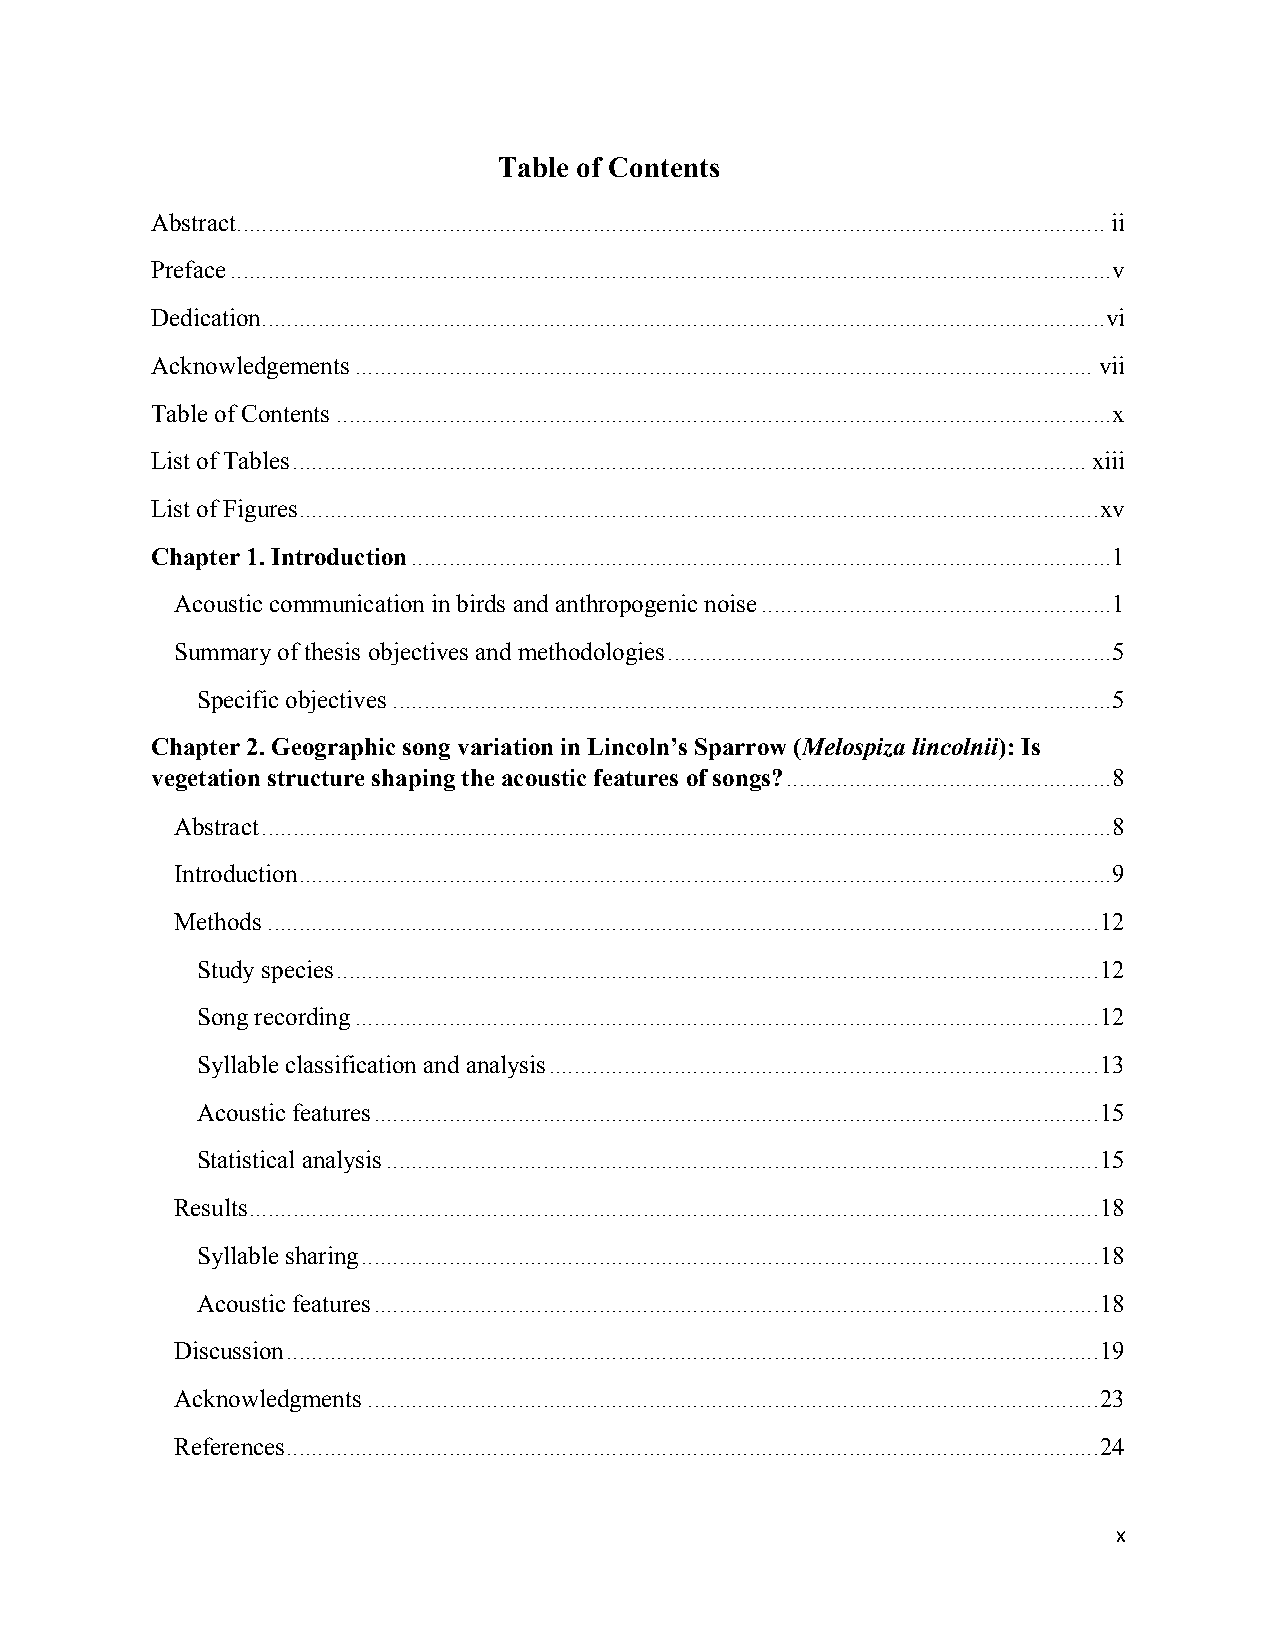
Table of Contents
 Abstract ........................................................................................................................................... ii
 Preface ............................................................................................................................................. v
 Dedication ....................................................................................................................................... vi
 Acknowledgements ...................................................................................................................... vii
 Table of Contents ............................................................................................................................ x
 List of Tables ............................................................................................................................... xiii
 List of Figures ................................................................................................................................ xv
 Chapter 1. Introduction ................................................................................................................ 1
 Acoustic communication in birds and anthropogenic noise ........................................................ 1
 Summary of thesis objectives and methodologies ....................................................................... 5
 Specific objectives ................................................................................................................... 5
 Chapter 2. Geographic song variation in Lincoln’s Sparrow (Melospiza lincolnii): Is
 vegetation structure shaping the acoustic features of songs? .................................................... 8
 Abstract ........................................................................................................................................ 8
 Introduction .................................................................................................................................. 9
 Methods ..................................................................................................................................... 12
 Study species .......................................................................................................................... 12
 Song recording ....................................................................................................................... 12
 Syllable classification and analysis ........................................................................................ 13
 Acoustic features .................................................................................................................... 15
 Statistical analysis .................................................................................................................. 15
 Results ........................................................................................................................................ 18
 Syllable sharing ...................................................................................................................... 18
 Acoustic features .................................................................................................................... 18
 Discussion .................................................................................................................................. 19
 Acknowledgments ..................................................................................................................... 23
 References .................................................................................................................................. 24
 x